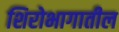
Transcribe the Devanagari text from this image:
शिरोभागातील